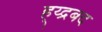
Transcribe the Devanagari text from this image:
ह्य्द्रबद